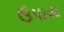
ઉપાય